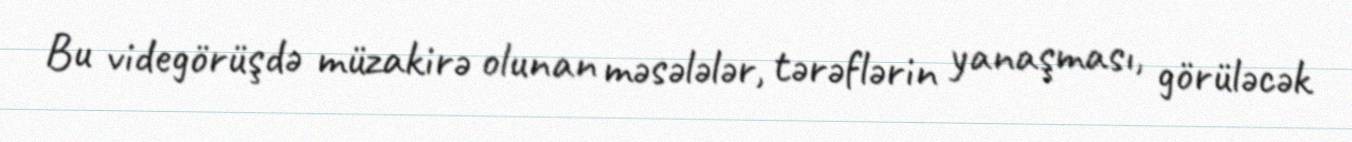
Bu videgörüşdə müzakirə olunan məsələlər, tərəflərin yanaşması, görüləcək